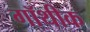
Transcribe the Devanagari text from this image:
गॉथीक